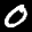
Label: 0